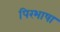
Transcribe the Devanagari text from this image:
पिरभाषा